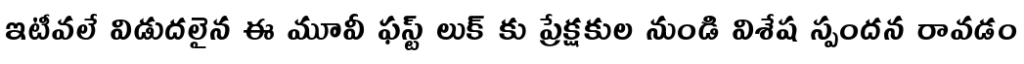
ఇటీవలే విడుదలైన ఈ మూవీ ఫస్ట్ లుక్ కు ప్రేక్షకుల నుండి విశేష స్పందన రావడం